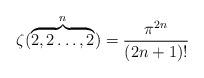
LaTeX: \begin{align*}\zeta(\overbrace{2,2\ldots,2}^{n})=\frac{\pi^{2n}}{(2n+1)!}\end{align*}